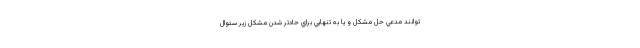
توانند مدعي حل مشكل و يا به تنهايي براي حادتر شدن مشكل زير سئوال